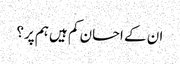
ان کے احسان کم ہیں ہم پر؟